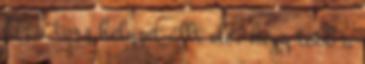
Az a torz helyzet állt elő, hogy több a